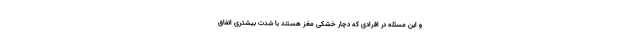
و این مسئله در افرادی که دچار خشکی مغز هستند با شدت بیشتری اتفاق